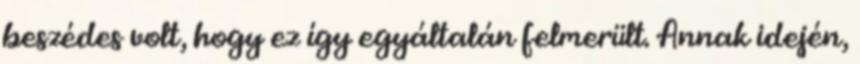
beszédes volt, hogy ez így egyáltalán felmerült. Annak idején,